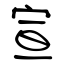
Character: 宣